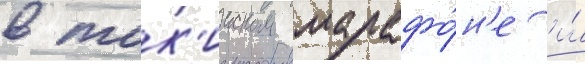
в ток'ииском марафо́н'е и́